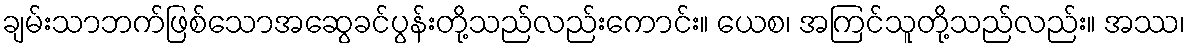
ချမ်းသာဘက်ဖြစ်သောအဆွေခင်ပွန်းတို့သည်လည်းကောင်း။ ယေစ၊ အကြင်သူတို့သည်လည်း။ အဿ၊